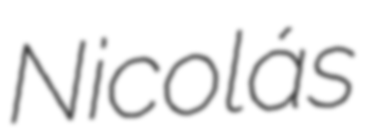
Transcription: Nicolás